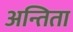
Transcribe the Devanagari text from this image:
अन्तिता